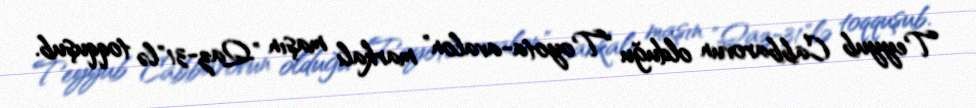
Teyyub Cabbarovun olduğu "Toyota-avalon" markalı maşın "Qaz-31"lə toqquşub.